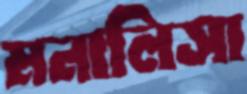
মনালিসা